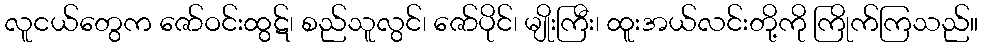
လူငယ်တွေက ဇော်ဝင်းထွဋ်၊ စည်သူလွင်၊ ဇော်ပိုင်၊ မျိုးကြီး၊ ထူးအယ်လင်းတို့ကို ကြိုက်ကြသည်။